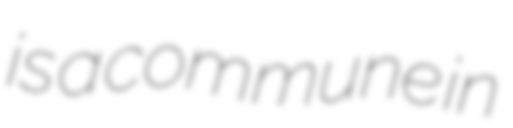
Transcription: is a commune in